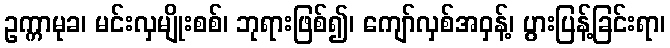
ဥက္ကာမုခ၊ မင်းလှမျိုးစစ်၊ ဘုရားဖြစ်၍၊ ကျော်လှစ်အဝှန့်၊ ပွားပြန့်ခြင်းရာ၊